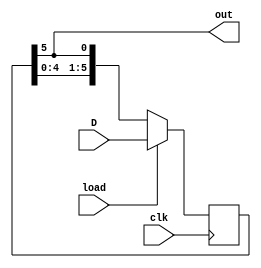
//In order to generate the sequence signal, initil is 10010,or set the load and D;
module signal_maker(out, clk ,load, D);
    parameter DATA_WIDTH = 6;
    output out;
    input clk, load;
    input [DATA_WIDTH-1:0] D;
    reg [DATA_WIDTH-1:0] Q;

initial Q=6'b110011;

always @(posedge clk) begin
    if (load) Q<=D;
    else Q<={Q[DATA_WIDTH-2:0],Q[DATA_WIDTH-1]};
end

assign out = Q[DATA_WIDTH-1];


endmodule